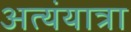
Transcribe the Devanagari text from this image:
अत्यंयात्रा